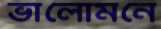
ভালোমনে